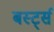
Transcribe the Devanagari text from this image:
बर्स्ट्स